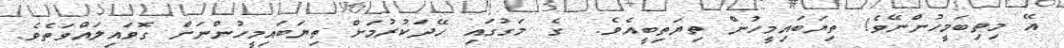
އޭ މިތިބަމީހުންނޭވެ! ތިޔަބައިމީހުން ތިޔަތިބީއެވެ.  ގެ މަގުގައި ހޭދަކުރުމަށް ތިޔަބައިމީހުންނަށް ގޮވައިލައްވަތެވެ.